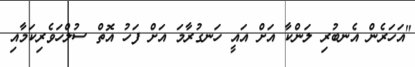
"އަހަރެން އެނބުރި ލަންކާ އަށް އައީ ހަނގުރާމަ އަށް ފަހު އޮތް ސުލްހަވެރިކަމާއި